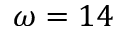
\omega = 1 4